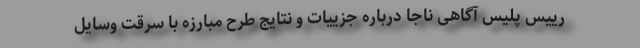
رییس پلیس آگاهی ناجا درباره جزییات و نتایج طرح مبارزه با سرقت وسایل